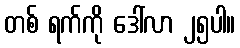
တစ် ရက်ကို ဒေါ်လာ ၂၅ပါ။